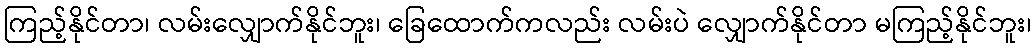
ကြည့်နိုင်တာ၊ လမ်းလျှောက်နိုင်ဘူး၊ ခြေထောက်ကလည်း လမ်းပဲ လျှောက်နိုင်တာ မကြည့်နိုင်ဘူး၊